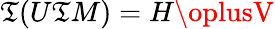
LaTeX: \mathfrak{T}(U\mathfrak{T}M)=H\oplusV